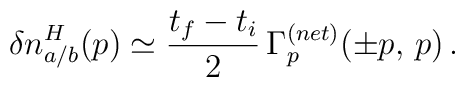
\delta n_{a / b}^H (p) \simeq \frac{t_f - t_i}{2} \, \Gamma_p^{(net)} (\pm p, \, p) \, .